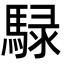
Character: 騄